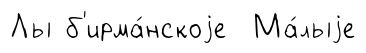
Лы б'ирма́нскоjе Ма́лыjе